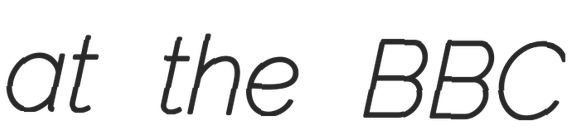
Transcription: at the BBC